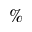
\%